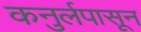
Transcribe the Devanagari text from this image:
कनुर्लपासून